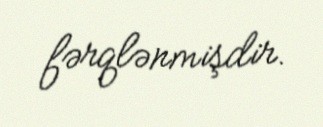
fərqlənmişdir.